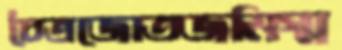
চৈত্রজোতজমিস্ম